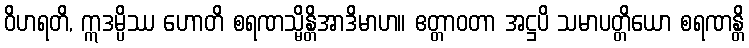
ဝိဟရတိ, ဣဒမ္ပိဿ ဟောတိ စရဏသ္မိန္တိအာဒိမာဟ။ ဧတ္တာဝတာ အဋ္ဌပိ သမာပတ္တိယော စရဏန္တိ